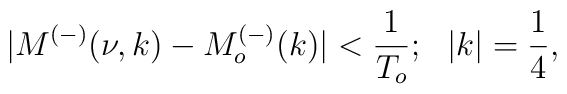
|M^{(-)}(\nu,k)-M^{(-)}_o(k)|<\frac{1}{T_o};~~|k|=\frac{1}{4},